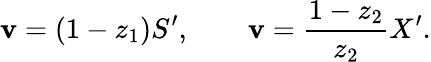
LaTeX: \mathbf{v}=(1-z_{1})S^{\prime},\qquad\mathbf{v}={\frac{{1-z_{2}}}{{z_{2}}}}X^{\prime}.